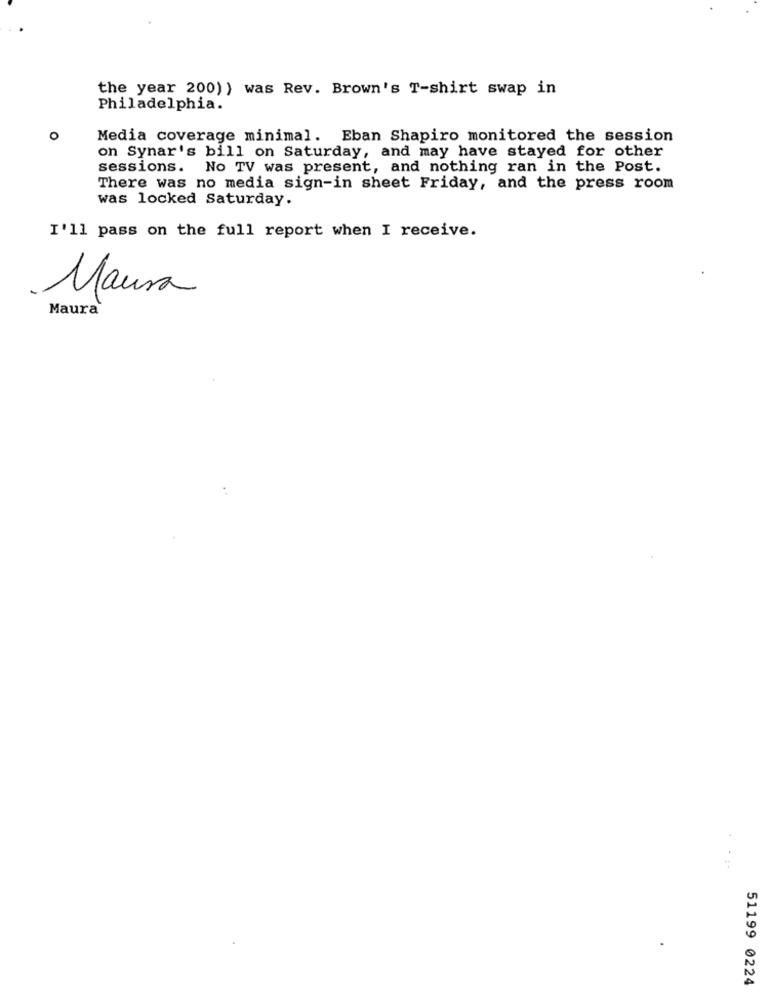
the year 200) } was Rev. Brown's T-shirt swap in
Philadelphia.
O
Media coverage minimal. Eban Shapiro monitored the session
on Synar's bill on Saturday, and may have stayed for other
sessions. No TV was present, and nothing ran in the Post.
There was no media sign-in sheet Friday, and the press room
was locked Saturday.
I'll pass on the full report when I receive.
Maura
Maura
....
51199 0224